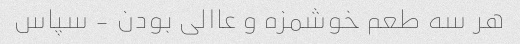
هر سه طعم خوشمزه و عاالی بودن - سپاس